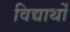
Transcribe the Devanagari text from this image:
विद्यार्थों